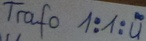
Text: Trafo 1:1:u